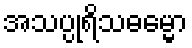
အသပ္ပုရိသဓမ္မော